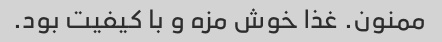
ممنون. غذا خوش مزه و با کیفیت بود.